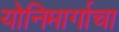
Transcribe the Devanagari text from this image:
योनिमार्गाचा